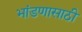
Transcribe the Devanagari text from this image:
भांडणासाठी